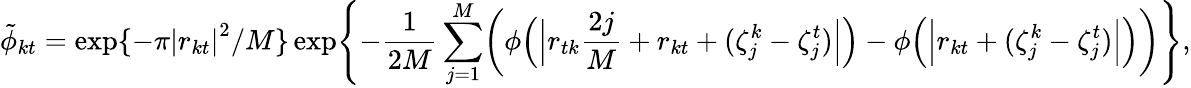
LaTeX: \tilde{\phi}_{kt}=\exp\{ -{\pi}\left|r_{kt}\right|^{2}/M\} \exp\Biggl\{ -\frac{1}{2M}\sum_{j=1}^{M}\biggl(\phi\Bigl(\Bigl|r_{tk}\frac{2j}{M}+r_{kt}+(\zeta_{j}^{k}-\zeta_{j}^{t})\Bigr|\Bigr)-{}\phi\Bigl(\Bigl|r_{kt}+(\zeta_{j}^{k}-\zeta_{j}^{t})\Bigr|\Bigr)\biggr)\Biggr\} ,